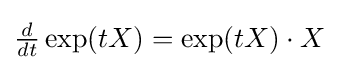
{\textstyle {\frac {d}{dt}}\exp(tX)=\exp(tX)\cdot X}